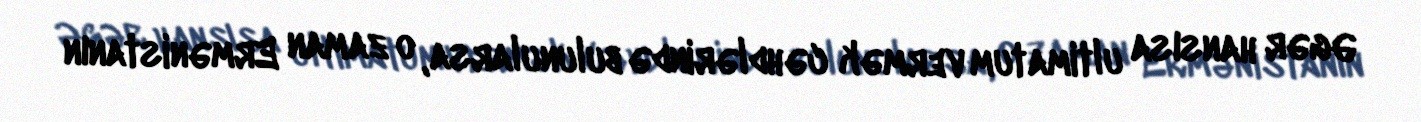
Əgər hansısa ultimatum vermək cəhdlərində bulunularsa, o zaman Ermənistanın